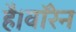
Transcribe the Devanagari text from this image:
है।वॉरेन